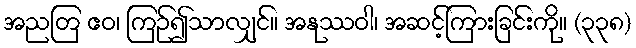
အညတြ ဧဝ၊ ကြဉ်၍သာလျှင်။ အနုဿဝါ၊ အဆင့်ကြားခြင်းကို။ (၃၃၈)